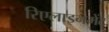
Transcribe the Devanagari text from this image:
रिएलाइनमेंट